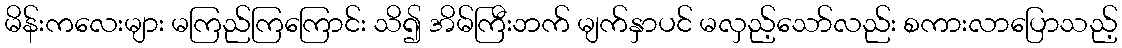
မိန်းကလေးများ မကြည်ကြကြောင်း သိ၍ အိမ်ကြီးဘက် မျက်နှာပင် မလှည့်သော်လည်း စကားလာပြောသည့်